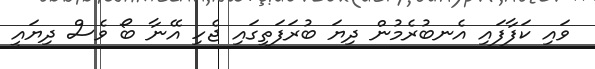
ވައި ކަފާފައި އެނބުރެމުން ދިޔަ ބުރަފަތީގައި ޖެހި އޭނާ ބޯ ވެސް ދިޔައީ